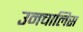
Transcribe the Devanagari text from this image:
उनचालिस